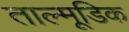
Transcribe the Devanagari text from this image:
ताल्मूडिक